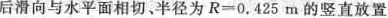
后滑向与水平面相切、半径为$$R=0.425m$$的竖直放置